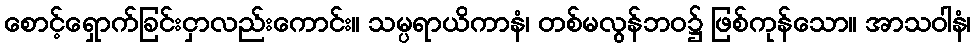
စောင့်ရှောက်ခြင်းငှာလည်းကောင်း။ သမ္ပရာယိကာနံ၊ တစ်မလွန်ဘဝ၌ ဖြစ်ကုန်သော။ အာသဝါနံ၊